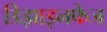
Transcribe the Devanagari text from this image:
डिझाइनफेज